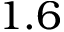
1 . 6